Civil Veterinary Department. United Provinces 1923-31 - 1923-1931
Year: 1923
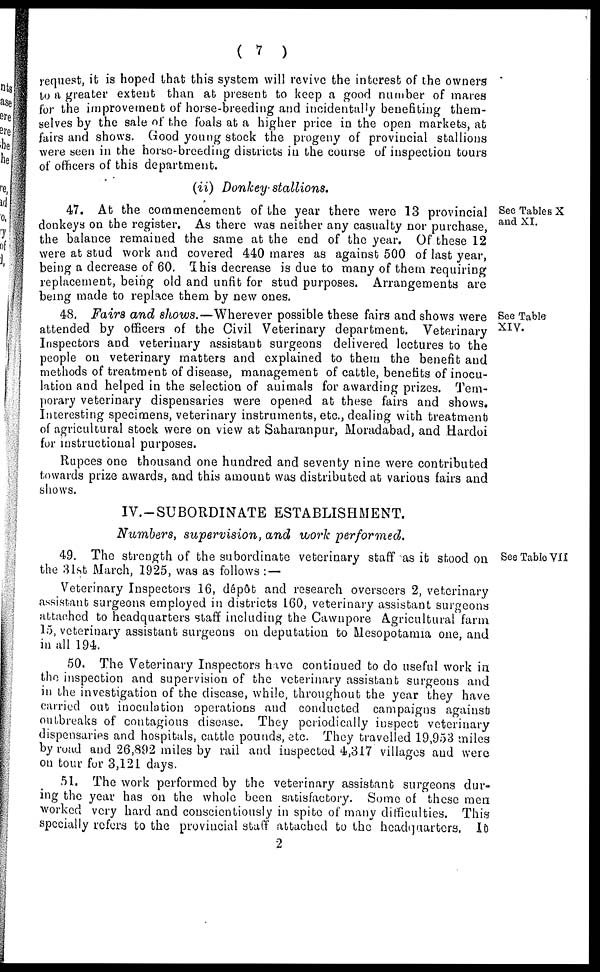
( 7 )
request, it is hoped that this system will revive the interest of the owners
to a greater extent than at present to keep a good number of mares
for the improvement of horse-breeding and incidentally benefiting them-
selves by the sale of the foals at a higher price in the open markets, at
fairs and shows. Good young stock the progeny of provincial stallions
were seen in the horse-breeding districts in the course of inspection tours
of officers of this department.
(ii)
Donkey-stallions.
See Tables X
and XI.
47. At the commencement of the year there were 13 provincial
donkeys on the register. As there was neither any casualty nor purchase,
the balance remained the same at the end of the year. Of these 12
were at stud work and covered 440 mares as against 500 of last year,
being a decrease of 60. This decrease is due to many of them requiring
replacement, being old and unfit for stud purposes. Arrangements are
being made to replace them by new ones.
See Table
XIV.
48. Fairs and shows.—Wherever possible these fairs and shows were
attended by officers of the Civil Veterinary department. Veterinary
Inspectors and veterinary assistant surgeons delivered lectures to the
people on veterinary matters and explained to them the benefit and
methods of treatment of disease, management of cattle, benefits of inocu-
lation and helped in the selection of animals for awarding prizes. Tem-
porary veterinary dispensaries were opened at these fairs and shows.
Interesting specimens, veterinary instruments, etc., dealing with treatment
of agricultural stock were on view at Saharanpur, Moradabad, and Hardoi
for instructional purposes.
Rupees one thousand one hundred and seventy nine were contributed
towards prize awards, and this amount was distributed at various fairs and
shows.
IV.-SUBORDINATE ESTABLISHMENT.
Numbers, supervision, and work performed.
See Table VII
49. The strength of the subordinate veterinary staff as it stood on
the 31st March, 1925, was as follows :—
Veterinary Inspectors 16, dépôt and research overseers 2, veterinary
assistant surgeons employed in districts 160, veterinary assistant surgeons
attached to headquarters staff including the Cawnpore Agricultural farm
15, veterinary assistant surgeons on deputation to Mesopotamia one, and
in all 194.
50. The Veterinary Inspectors have continued to do useful work in
the inspection and supervision of the veterinary assistant surgeons and
in the investigation of the disease, while, throughout the year they have
carried out inoculation operations and conducted campaigns against
outbreaks of contagious disease. They periodically inspect veterinary
dispensaries and hospitals, cattle pounds, etc. They travelled 19,953 miles
by road and 26,892 miles by rail and inspected 4,317 villages and were
on tour for 3,121 days.
51. The work performed by the veterinary assistant surgeons dur-
ing the year has on the whole been satisfactory. Some of these men
worked very hard and conscientiously in spite of many difficulties. This
specially refers to the provincial staff attached to the headquarters. In
2